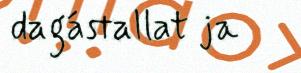
dagástallat ja